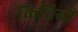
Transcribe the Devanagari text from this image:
क्रितियों